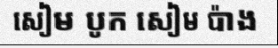
សៀម បូក សៀម ប៉ាង